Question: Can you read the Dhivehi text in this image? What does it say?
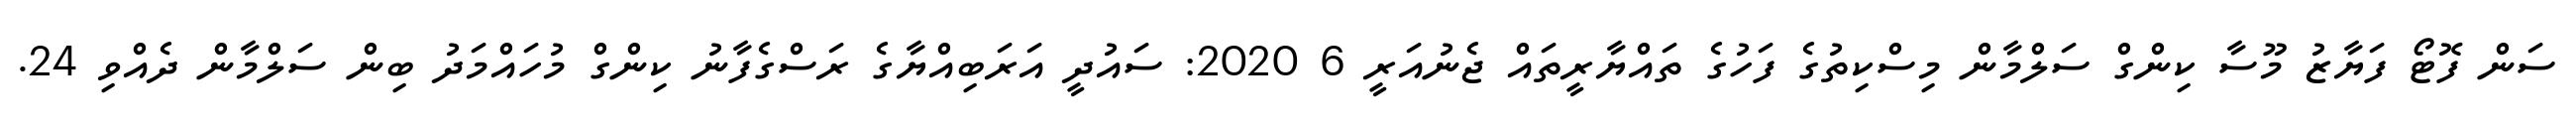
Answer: ސަން ފޮޓޯ ފަޔާޒު މޫސާ ކިންގް ސަލްމާން މިސްކިތުގެ ފަހުގެ ތައްޔާރީތައް ޖެނުއަރީ 6 2020: ސައުދީ އަރަބިއްޔާގެ ރަސްގެފާނު ކިންގް މުހައްމަދު ބިން ސަލްމާން ދެއްވި 24.